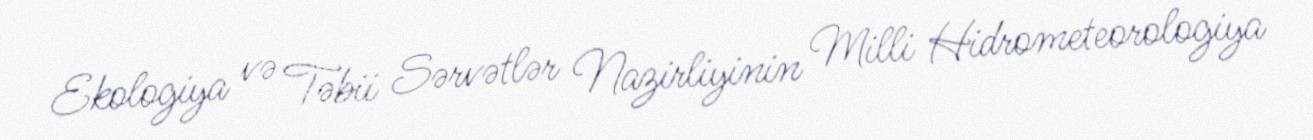
Ekologiya və Təbii Sərvətlər Nazirliyinin Milli Hidrometeorologiya